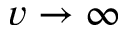
v \to \infty